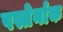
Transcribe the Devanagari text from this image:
पस्तेर्नाक